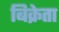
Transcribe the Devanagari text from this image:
बिक्रेता